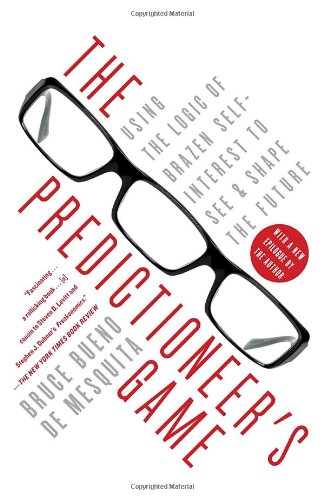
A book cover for The Predictioneer's Game: Using the Logic of Brazen Self-Interest to See and Shape the Future; Bruce Bueno De Mesquita; Science & Math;